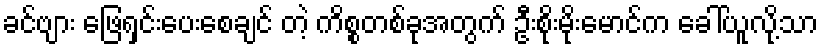
ခင်ဗျား ဖြေရှင်းပေးစေချင် တဲ့ ကိစ္စတစ်ခုအတွက် ဦးစိုးမိုးမောင်က ခေါ်ယူလို့သာ